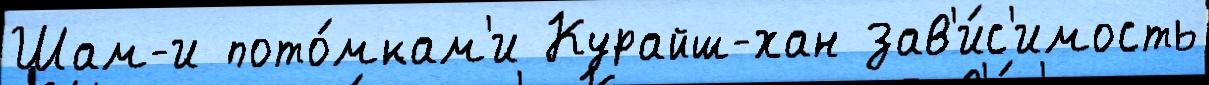
Шам-и пото́мкам'и Курайш-хан зав'и́с'имость